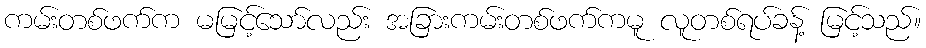
ကမ်းတစ်ဖက်က မမြင့်သော်လည်း အခြားကမ်းတစ်ဖက်ကမူ လူတစ်ရပ်ခန့် မြင့်သည်။